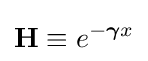
\mathbf {H} \equiv e^{-{\boldsymbol {\gamma }}x}